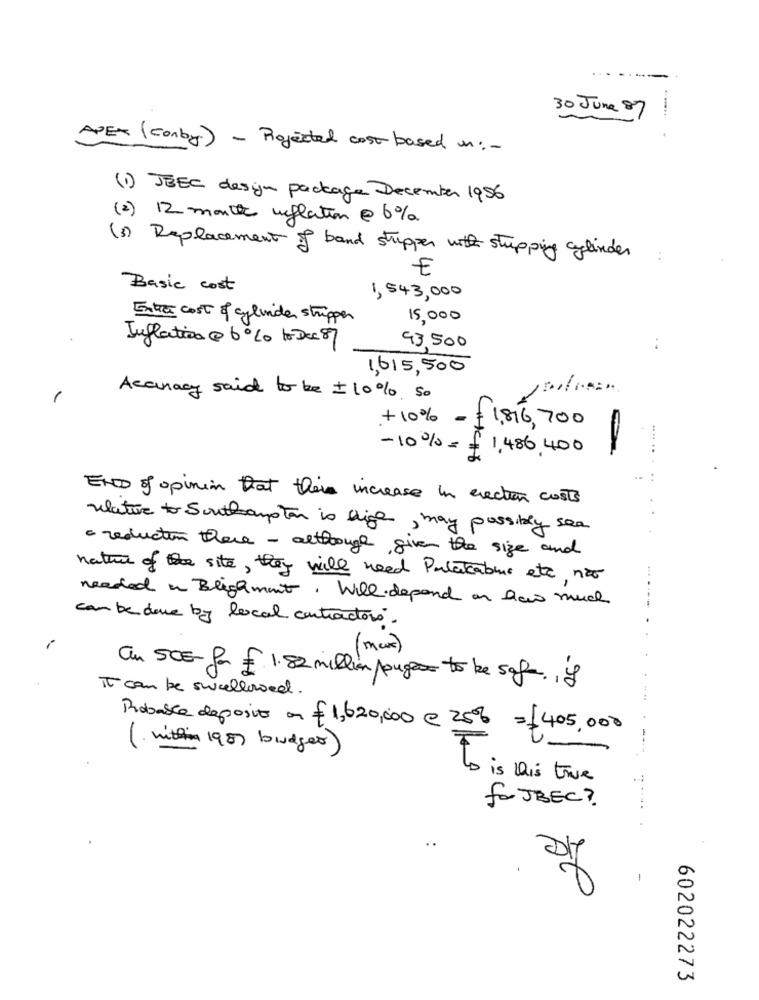
.. .
30 June 87
APEX (Conby) - Rejected cost based on :-
(1) JEEC desyn package December 1956
(2) 12 month inflation @ 6%
(3) Replacement of band stupper with stupping cylinder
E
Basic cost
1, 543,000
Entre cost of cylinder stripper
15,000
Inflation @ 6 % to Dec 87
93,500
1,615,500
1
Accuracy said to be +10%, so
+10% -
1,816,700
-10%= = 1,486 400
CHCI
END of opinion that there increase in erection costs
water to Southampton is liga, may possibly see
· reduction there - although, given the size and
nature of the site, they will need Palatable etc não
needed in Blighment. Will depend on how much
can be done by local contractors.
( max)
au 50€-for € 1.82 million pongas to be safe. , L
It can be swallowed .
Robable deposito an € 1,620,000 € 25% =405.000
(. within 1987 budget)
is this true
forJBEC ?.
-
0
602022273